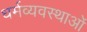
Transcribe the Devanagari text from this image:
धर्मव्यवस्थाओं